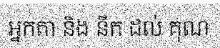
អ្នកតា និង នឹក ដល់ គុណ